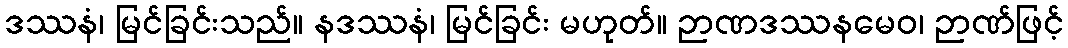
ဒဿနံ၊ မြင်ခြင်းသည်။ နဒဿနံ၊ မြင်ခြင်း မဟုတ်။ ဉာဏဒဿနမေဝ၊ ဉာဏ်ဖြင့်